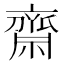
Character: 齋